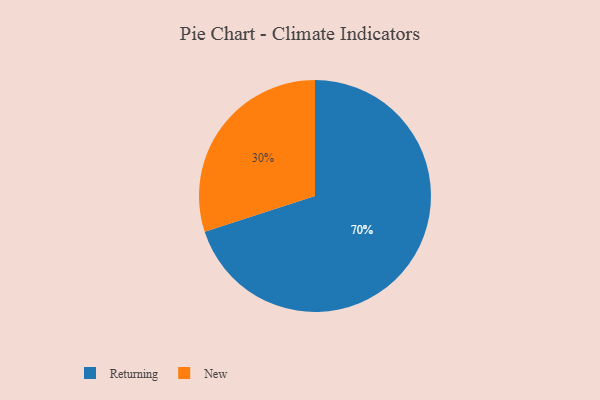
{"axis": {"x": "Category", "y": "Percentage"}, "legend": ["New", "Returning"], "data": [{"x": "New", "y": 30, "type": "New"}, {"x": "Returning", "y": 70, "type": "Returning"}]}